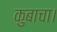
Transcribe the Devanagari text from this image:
कुबाचा।